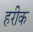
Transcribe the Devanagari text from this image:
हरीक